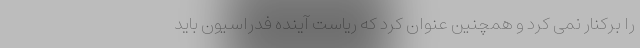
را برکنار نمی کرد و همچنین عنوان کرد که ریاست آینده فدراسیون باید